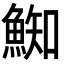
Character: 𩸴